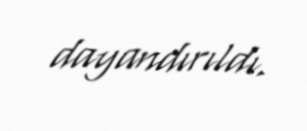
dayandırıldı.